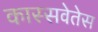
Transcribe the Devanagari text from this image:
कास्सवेतेस